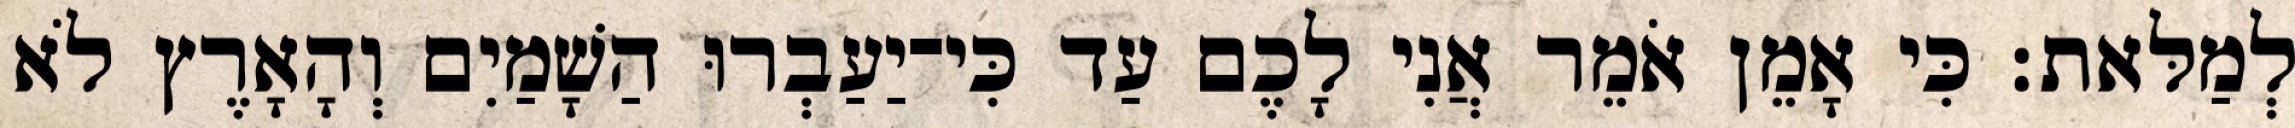
לְמַלּאת׃ כִּי אָמֵן אֹמֵר אֲנִי לָכֶם עַד כִּי־יַעַבְרוּ הַשָׁמַיִם וְהָאָרֶץ לֹא